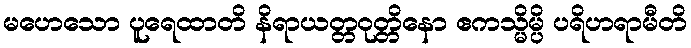
မဟေသော ပူရေထာတိ နိရာယတ္တဝုတ္တိနော ဧကသ္မိမ္ပိ ပရိဟရာမီတိ